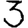
Digit: 3